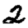
Digit: 2